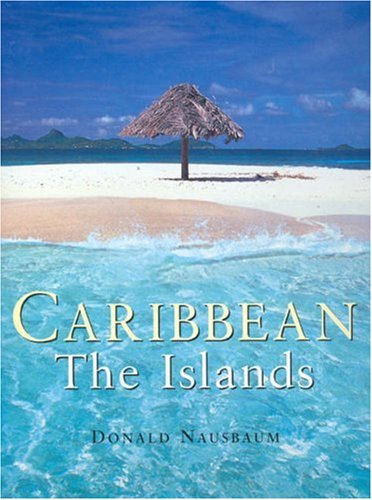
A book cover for Caribbean:  The Islands; Donald Nausbaum; Travel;